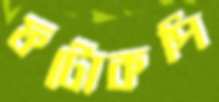
ফটোকপি